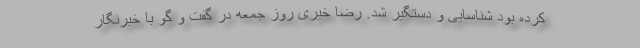
کرده بود شناسایی و دستگیر شد. رضا خیری روز جمعه در گفت و گو با خبرنگار